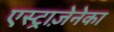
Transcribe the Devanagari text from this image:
एस्ट्राज़ेनेका